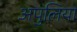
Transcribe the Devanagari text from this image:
अपुलिया